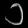
Digit: ၁